Plague in India, 1896, 1897 - Volume 1
Year: 1896
Disease focus: Plague
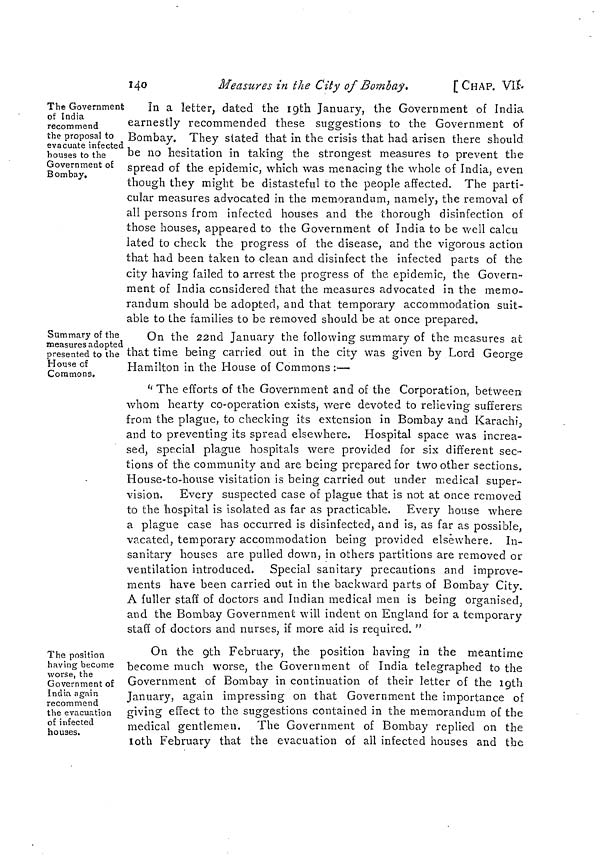
140
Measures in the City of Bombay.
[ CHAP. VU
The Government
of India
recommend
the proposal to
evacuate infected
houses to the
Government of
Bombay.
In a letter, dated the 19th January, the Government of India
earnestly recommended these suggestions to the Government of
Bombay. They stated that in the crisis that had arisen there should
be no hesitation in taking the strongest measures to prevent the
spread of the epidemic, which was menacing the whole of India, even
though they might be distasteful to the people affected. The parti-
cular measures advocated in the memorandum, namely, the removal of
all persons from infected houses and the thorough disinfection of
those houses, appeared to the Government of India to be well calcu
lated to check the progress of the disease, and the vigorous action
that had been taken to clean and disinfect the infected parts of the
city having failed to arrest the progress of the epidemic, the Govern-
ment of India considered that the measures advocated in the memo-
randum should be adopted, and that temporary accommodation suit-
able to the families to be removed should be at once prepared.
Summary of the
measures adopted
presented to the
House of
Commons.
On the 22nd January the following summary of the measures at
that time being carried out in the city was given by Lord George
Hamilton in the House of Commons :—
" The efforts of the Government and of the Corporation, between
whom hearty co-operation exists, were devoted to relieving sufferers
from the plague, to checking its extension in Bombay and Karachi,
and to preventing its spread elsewhere. Hospital space was increa-
sed, special plague hospitals were provided for six different sec-
tions of the community and are being prepared for two other sections.
House-to-house visitation is being carried out under medical super-
vision. Every suspected case of plague that is not at once removed
to the hospital is isolated as far as practicable. Every house where
a plague case has occurred is disinfected, and is, as far as possible,
vacated, temporary accommodation being provided elsewhere. In-
sanitary houses are pulled down, in others partitions are removed or
ventilation introduced. Special sanitary precautions and improve-
ments have been carried out in the backward parts of Bombay City.
A fuller staff of doctors and Indian medical men is being organised,
and the Bombay Government will indent on England for a temporary
staff of doctors and nurses, if more aid is required. "
The position
having become
worse, the
Government of
India again
recommend
the evacuation
of infected
houses.
On the 9th February, the position having in the meantime
become much worse, the Government of India telegraphed to the
Government of Bombay in continuation of their letter of the 19th
January, again impressing on that Government the importance of
giving effect to the suggestions contained in the memorandum of the
medical gentlemen. The Government of Bombay replied on the
10th February that the evacuation of all infected houses and the